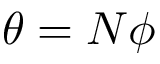
\theta = N \phi